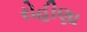
રોહીણા